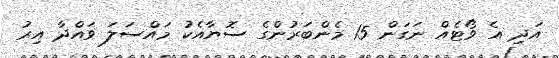
އަދި އެ ވޯޓެއް ނަގަން 15 މެންބަރުންގެ ސޮޔާއެކު މައްސަލަ ވައްދާ އިރު